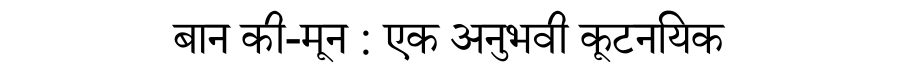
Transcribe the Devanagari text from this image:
बान की-मून : एक अनुभवी कूटनयिक